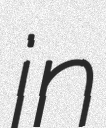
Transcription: in